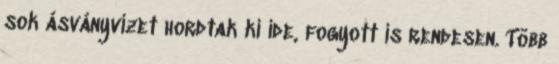
sok ásványvizet hordtak ki ide, fogyott is rendesen. Több